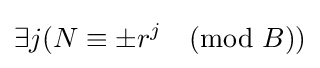
\exists j(N\equiv \pm r^{j}{\pmod {B}})